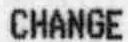
CHANGE